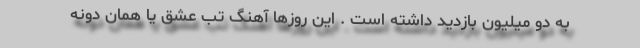
به دو میلیون بازدید داشته است . این روزها آهنگ تب عشق یا همان دونه